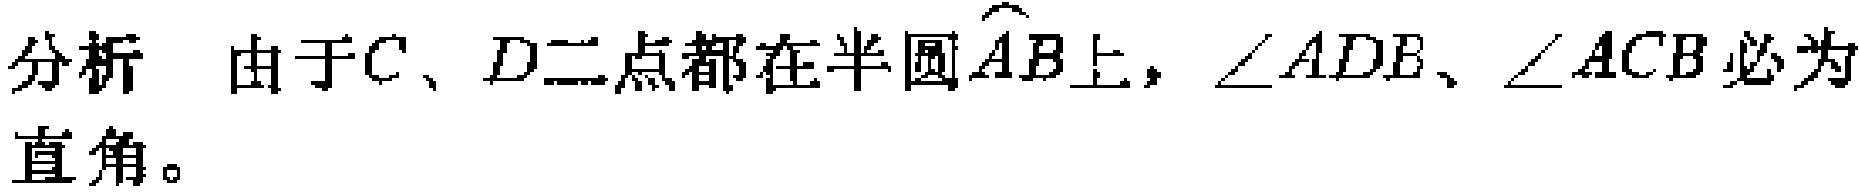
分析 由于\(C、D\)二点都在半圆\(\overset{\frown}{AB}\)上，\(\angle ADB、\angle ACB\)必为直角。